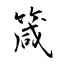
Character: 箴